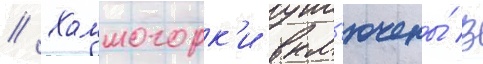
// Холмогорк'и вкл'ючены́ в